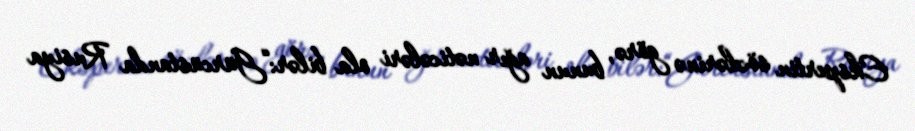
Ekspertin sözlərinə görə, bunun ağır nəticələri ola bilər:“Gürcüstanda Rusiya